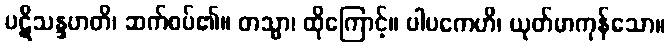
ပဋိသန္ဒဟတိ၊ ဆက်စပ်၏။ တသ္မာ၊ ထိုကြောင့်။ ပါပကေဟိ၊ ယုတ်မာကုန်သော။